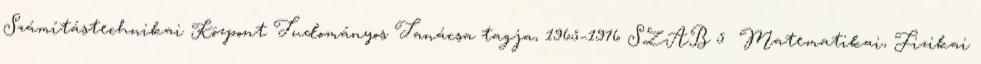
Számítástechnikai Központ Tudományos Tanácsa tagja, 1965–1976 SZAB 5 Matematikai, Fizikai